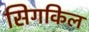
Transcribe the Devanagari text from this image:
सिगकिल